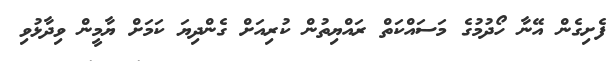
ފެށިގެން އޭނާ ހޯދުމުގެ މަސައްކަތް ރައްޔިތުން ކުރިއަށް ގެންދިޔަ ކަމަށް ޔާމީން ވިދާޅުވި